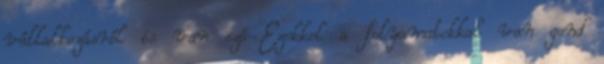
vállalkozásról is van szó Ezekkel a folyamatokkal van gond